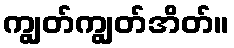
ကျွတ်ကျွတ်အိတ်။